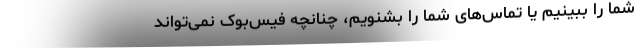
شما را ببینیم یا تماس‌های شما را بشنویم، چنانچه فیس‌بوک نمی‌تواند